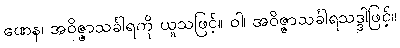
ဏေန၊ အဝိဇ္ဇာသင်္ခါရကို ယူသဖြင့်။ ဝါ၊ အဝိဇ္ဇာသင်္ခါရသဒ္ဒါဖြင့်။